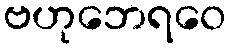
ဗဟုဘေရဝေ